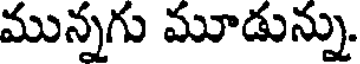
మున్నగు మూడున్ను.